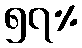
၅၇%